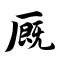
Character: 厩